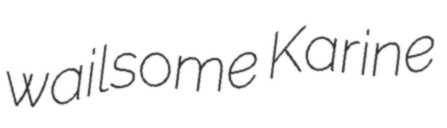
wailsome Karine